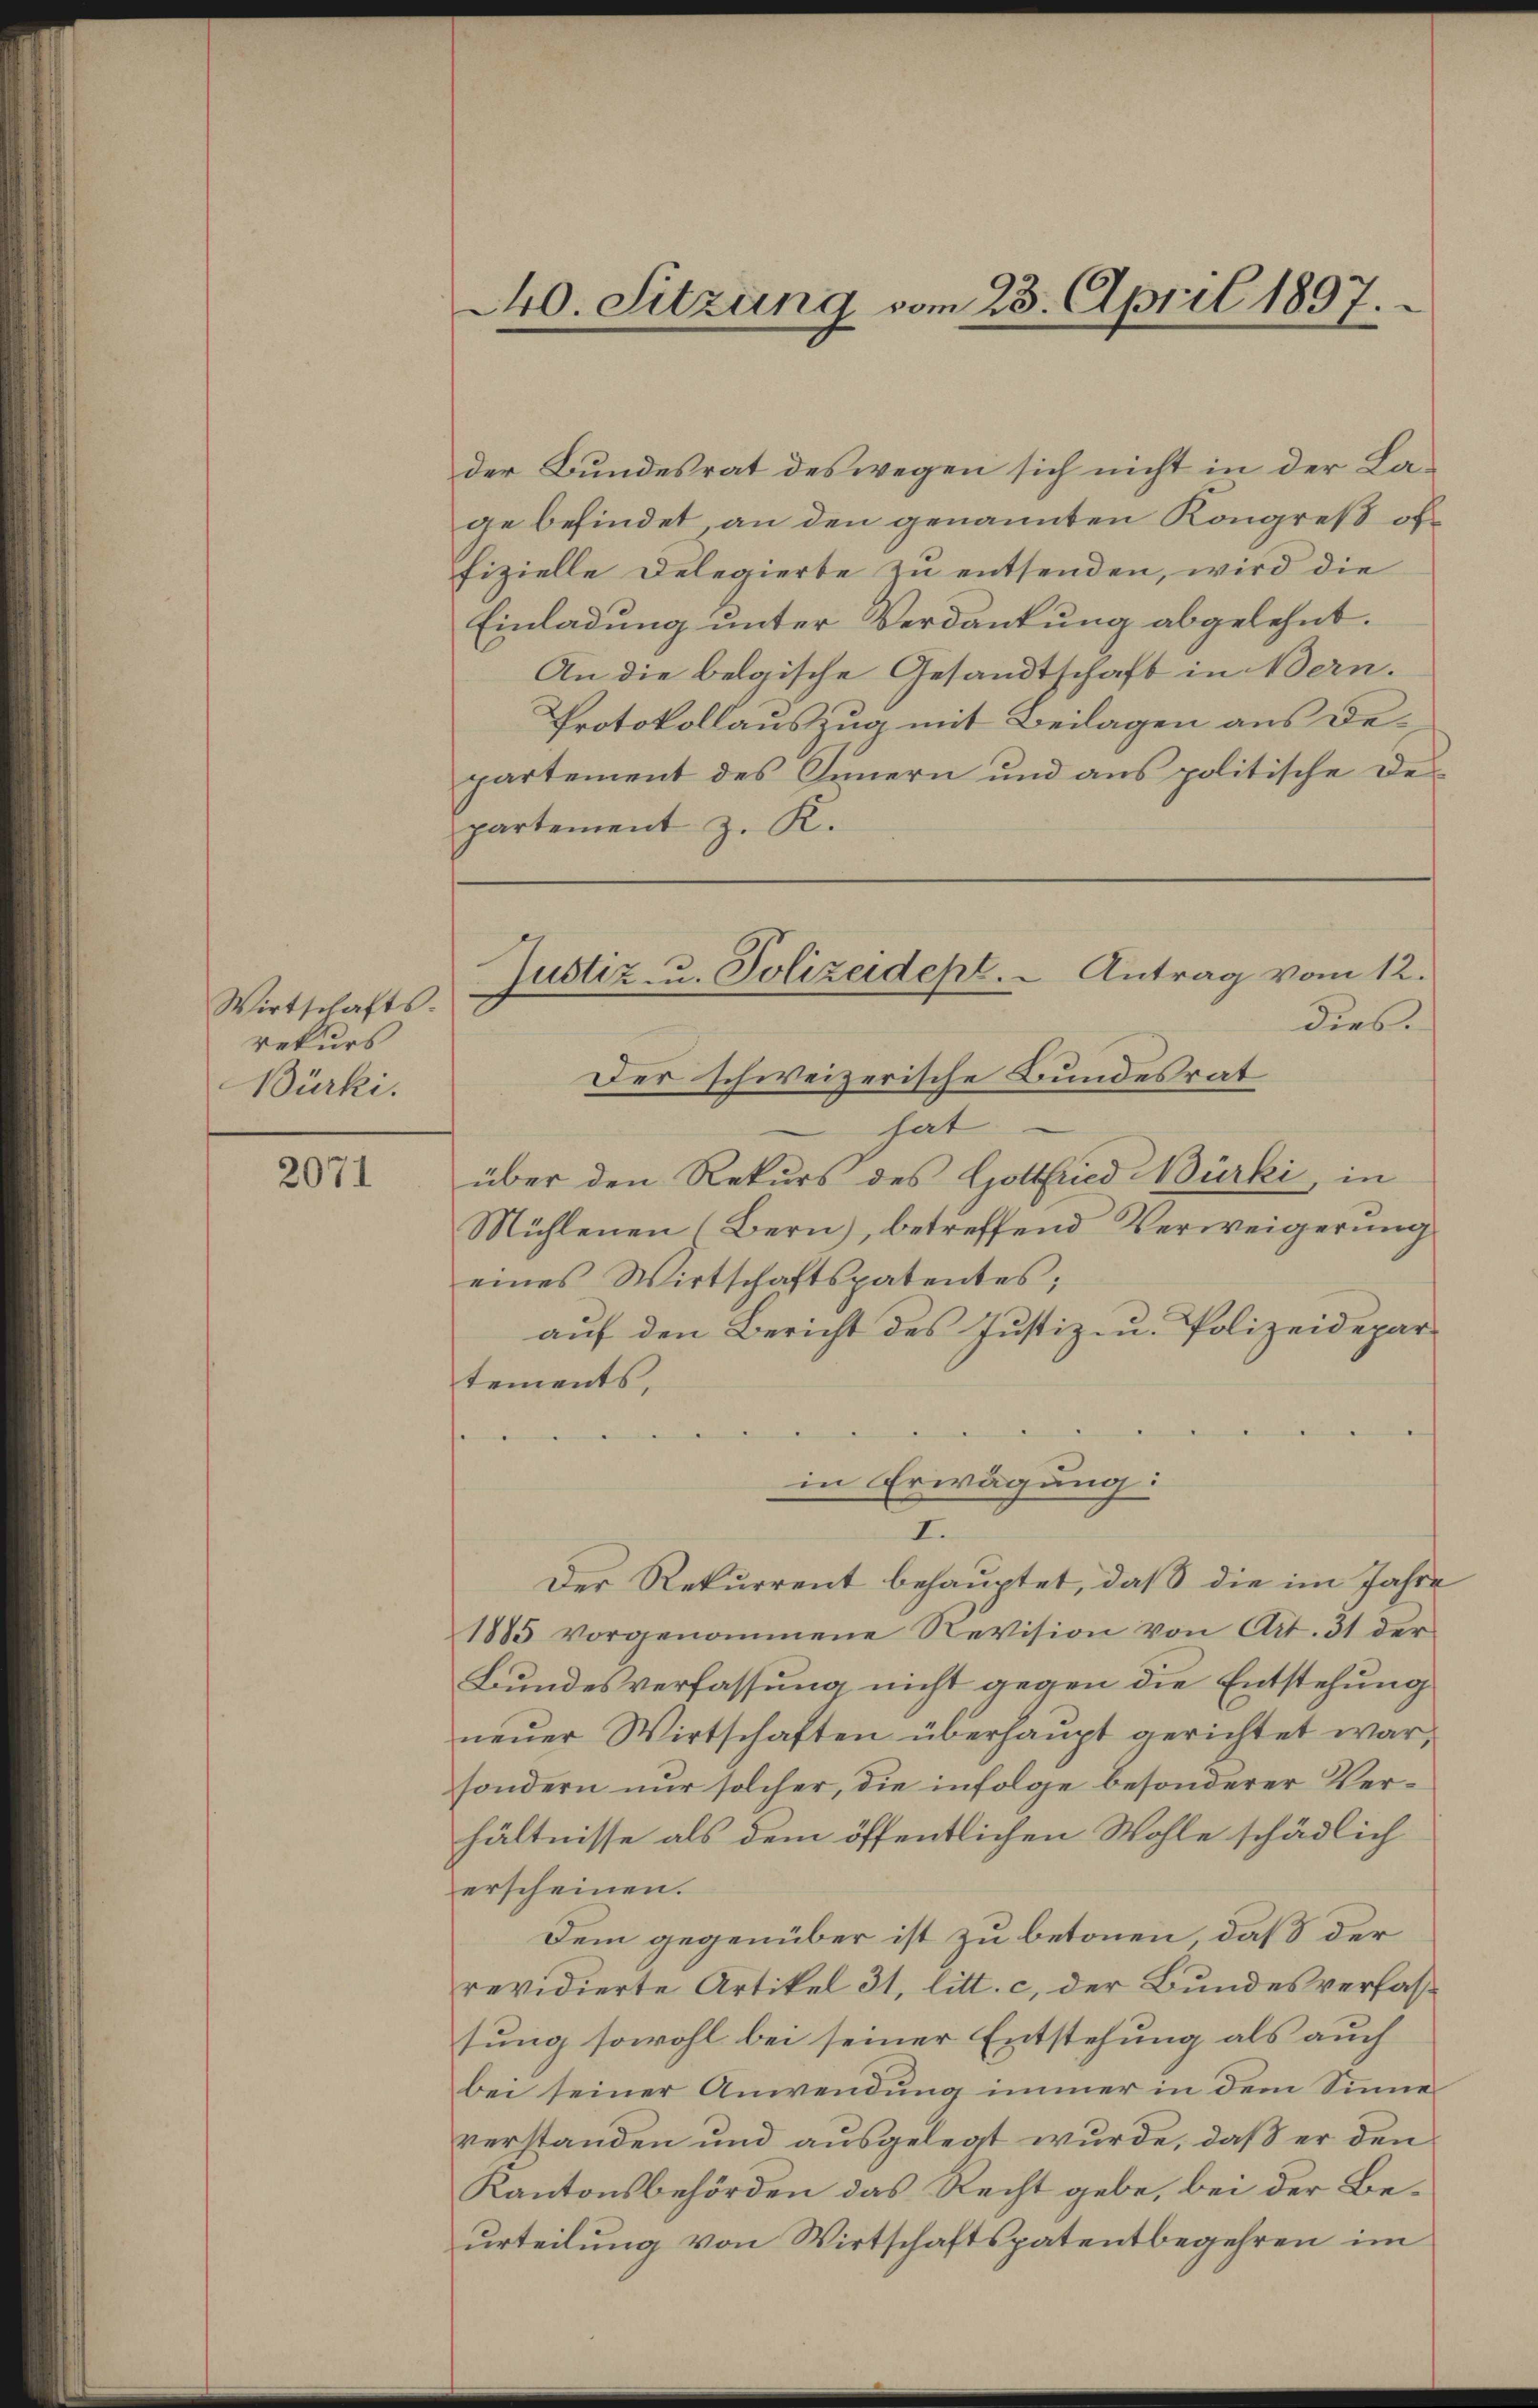
Wirtschafts-
rekurs
Bürki.

2071

240. Sitzung vom 23. April 1897.

Justiz- u. Polizeidept. - Antrag vom 12.

der Bundesrat des wegen sich nicht in der Lage befindet, an den genannten Kongreß offizielle Delegierte zu entsenden, wird die
Einladung unter Verdankung abgelehnt.
An die belgische Gesandtschaft in Bern.
Protokollauszug mit Beilagen aus Departement des Innern und aus politische Departement z. K.
dies.
Der schweizerische Bundesrat
hat
über den Rekurs des Gottfried Bürki in
Mühlenen (Bern), betreffend Verweigerung
eines Wirtschaftspatentes;
auf den Bericht des Justiz- u. Polizeidepar
tements,
in Erwägung:
I.
Der Rekurrent behauptet, daß die im Jahre
1885 vorgenommene Revision von Art. 31 der
Bundesverfassung nicht gegen die Entstehung
neuer Wirtschaften überhaupt gerichtet war,
sondern nur solcher, die infolge besonderer Verhältnisse als dem öffentlichen Wohle schädlich
erscheinen.
Dem gegenüber ist zu betonen, daß der
revidierte Artikel 31, litt. c, der Bundesverfastung sowohl bei seiner Entstehung als auch
bei seiner Anwendung immer in dem Sinne
verstanden und ausgelegt wurde, daß er den
Kantonsbehörden das Recht gebe, bei der Beurteilung von Wirtschaftspatentbegehren im